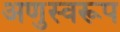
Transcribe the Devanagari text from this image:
अणुस्वरूप